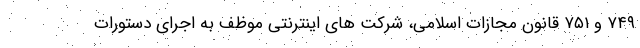
۷۴۹ و ۷۵۱ قانون مجازات اسلامی، شرکت های اینترنتی موظف به اجرای دستورات